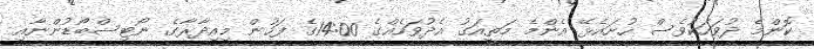
ކޮންމެ ދުވަހަކުވެސް ހުށައެޅޭ އެންމެ މަތީއަގު އެދުވަހެއްގެ 14:00ގެ ފަހުން މިއިދާރާގެ ނޯޓިސްބޯޑުންނާއި